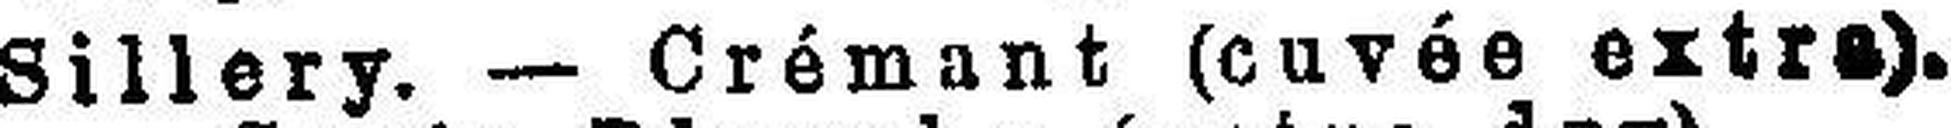
Sillery. — Crémant (cuvée extra).